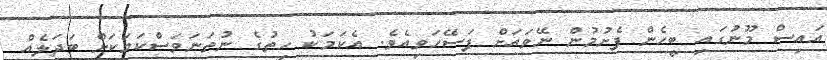
އައިސް މޫނުގައި ބީހެން ފެށުމުން ނޭވައަށް ފަސޭހަވިއެވެ. އެކަމަކު ހިތުގެ ނުތަނަވަސްކަމަކަށް ބަދަލެއް